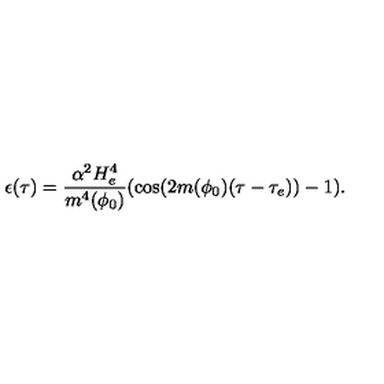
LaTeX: \epsilon ( \tau ) = \frac { \alpha ^ { 2 } H _ { e } ^ { 4 } } { m ^ { 4 } ( \phi _ { 0 } ) } ( \cos ( 2 m ( \phi _ { 0 } ) ( \tau - \tau _ { e } ) ) - 1 ) .